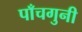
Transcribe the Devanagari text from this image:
पाँचगुनी